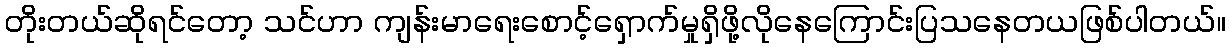
တိုးတယ်ဆိုရင်တော့ သင်ဟာ ကျန်းမာရေးစောင့်ရှောက်မှုရှိဖို့လိုနေကြောင်းပြသနေတယဖြစ်ပါတယ်။